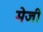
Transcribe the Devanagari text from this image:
मेजी